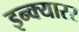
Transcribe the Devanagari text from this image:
इन्क्यारर